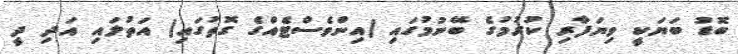
ބޮޑު ބަޔަކީ ވިޔަފާރި ކުރުމުގެ ބޭނުމުގައި (އިންވެސްޓެއްގެ ގޮތުގައި) އަތުލައި އަދި ދީ